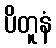
ပိတူနံ